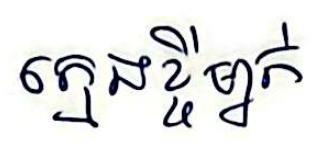
ក្មេងខ្ចីម្នាក់